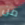
من